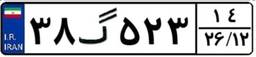
۳۸گ۵۲۳۱۴